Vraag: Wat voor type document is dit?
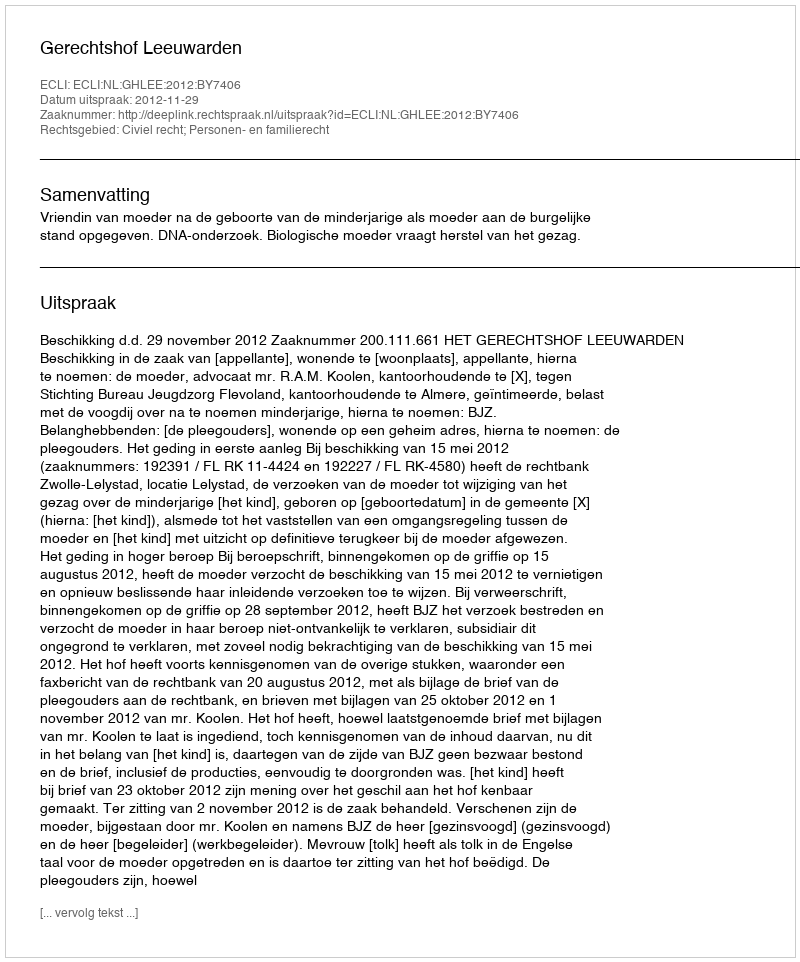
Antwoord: Uitspraak